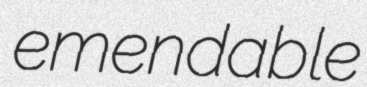
emendable